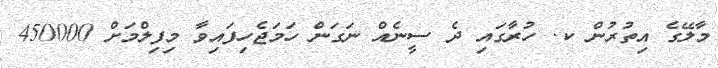
މާލޭގެ އިތުރުން ކ. ހުރާގައި ދެ ސީނެއް ނަގަން ހަމަޖެހިފައިވާ މިފިލްމަށް 450000